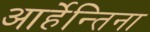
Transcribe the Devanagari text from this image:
आर्हेन्तिना